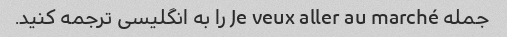
جمله Je veux aller au marché را به انگلیسی ترجمه کنید.